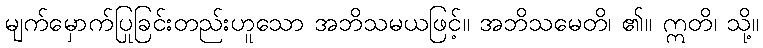
မျက်မှောက်ပြုခြင်းတည်းဟူသော အဘိသမယဖြင့်။ အဘိသမေတိ၊ ၏။ ဣတိ၊ သို့။